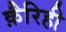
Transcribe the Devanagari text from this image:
क़ैरिही